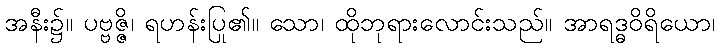
အနီး၌။ ပဗ္ဗဇ္ဇိ၊ ရဟန်းပြု၏။ သော၊ ထိုဘုရားလောင်းသည်။ အာရဒ္ဓဝိရိယော၊